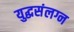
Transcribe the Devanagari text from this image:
युद्धसंलग्न